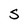
Character: S